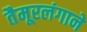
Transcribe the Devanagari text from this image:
तैमूरलंगाने